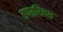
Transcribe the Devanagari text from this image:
हपारिन्स